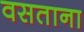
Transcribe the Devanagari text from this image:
वसताना